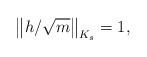
LaTeX: \begin{align*}\left\|h/\sqrt{m}\right\|_{K_s}=1,\end{align*}